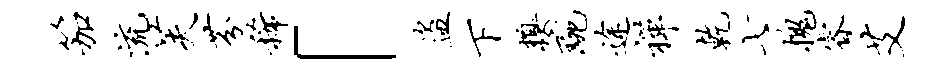
笳流芙芬稀「盗下糗琬途禅乾七槐睿艾